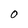
Character: 0